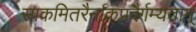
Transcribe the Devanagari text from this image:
साकमितरैर्नाकप्रदैर्गम्यताम्